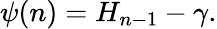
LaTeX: \psi(n)=H_{n-1}-\gamma.